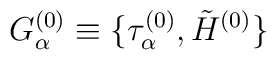
G_\alpha^{(0)}\equiv \{\tau_\alpha^{(0)}, \tilde H^{(0)}\} \nonumber